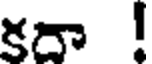
కదా !